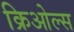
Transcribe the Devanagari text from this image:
क्रिओल्स